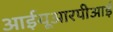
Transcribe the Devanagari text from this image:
आईयूआरपीआई